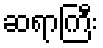
ဆရာကြီး